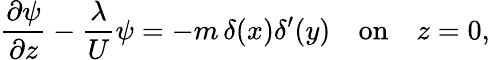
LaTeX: \frac{\partial\psi}{\partial z}-\frac{\lambda}{U}\psi=-m\, \delta(x)\delta^{\prime}(y)\quad\textrm{on}\quad z=0,